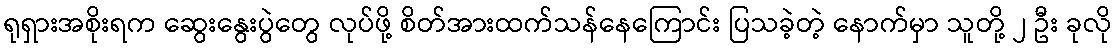
ရုရှားအစိုးရက ဆွေးနွေးပွဲတွေ လုပ်ဖို့ စိတ်အားထက်သန်နေကြောင်း ပြသခဲ့တဲ့ နောက်မှာ သူတို့ ၂ ဦး ခုလို